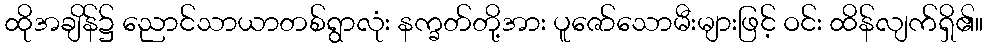
ထိုအချိန်၌ ညောင်သာယာတစ်ရွာလုံး နက္ခတ်တို့အား ပူဇော်သောမီးများဖြင့် ဝင်း ထိန်လျက်ရှိ၏။